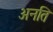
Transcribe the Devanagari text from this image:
अनति